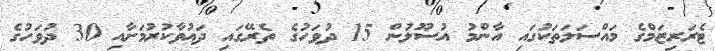
ޓެރަރިޒަމްގެ މައްސަލަތަކުގައި އާންމު އުސޫލުން 15 ދުވަހުގެ ތެރޭގައި ދައުވާކުރުމަށާއި 30 ދުވަހުގެ